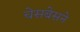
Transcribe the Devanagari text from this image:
चेसबेसने